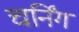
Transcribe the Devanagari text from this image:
चर्निंग